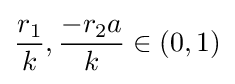
{\frac {r_{1}}{k}},{\frac {-r_{2}a}{k}}\in (0,1)